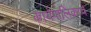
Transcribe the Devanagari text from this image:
कार्यपालिकाचे